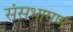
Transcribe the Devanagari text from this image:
संसभाषण